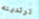
ترتدينه